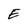
Character: E